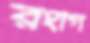
রংগি